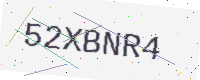
Text: 52XBNR4